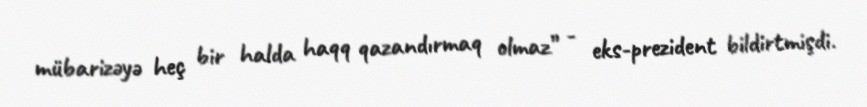
mübarizəyə heç bir halda haqq qazandırmaq olmaz” - eks-prezident bildirtmişdi.